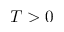
T > 0